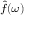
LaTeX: \scriptstyle { \hat { f } } ( \omega )